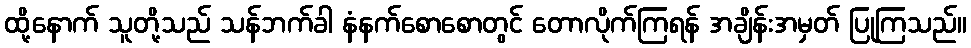
ထို့နောက် သူတို့သည် သန်ဘက်ခါ နံနက်စောစောတွင် တောလိုက်ကြရန် အချိန်းအမှတ် ပြုကြသည်။